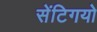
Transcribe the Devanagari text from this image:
सेंटिगयो